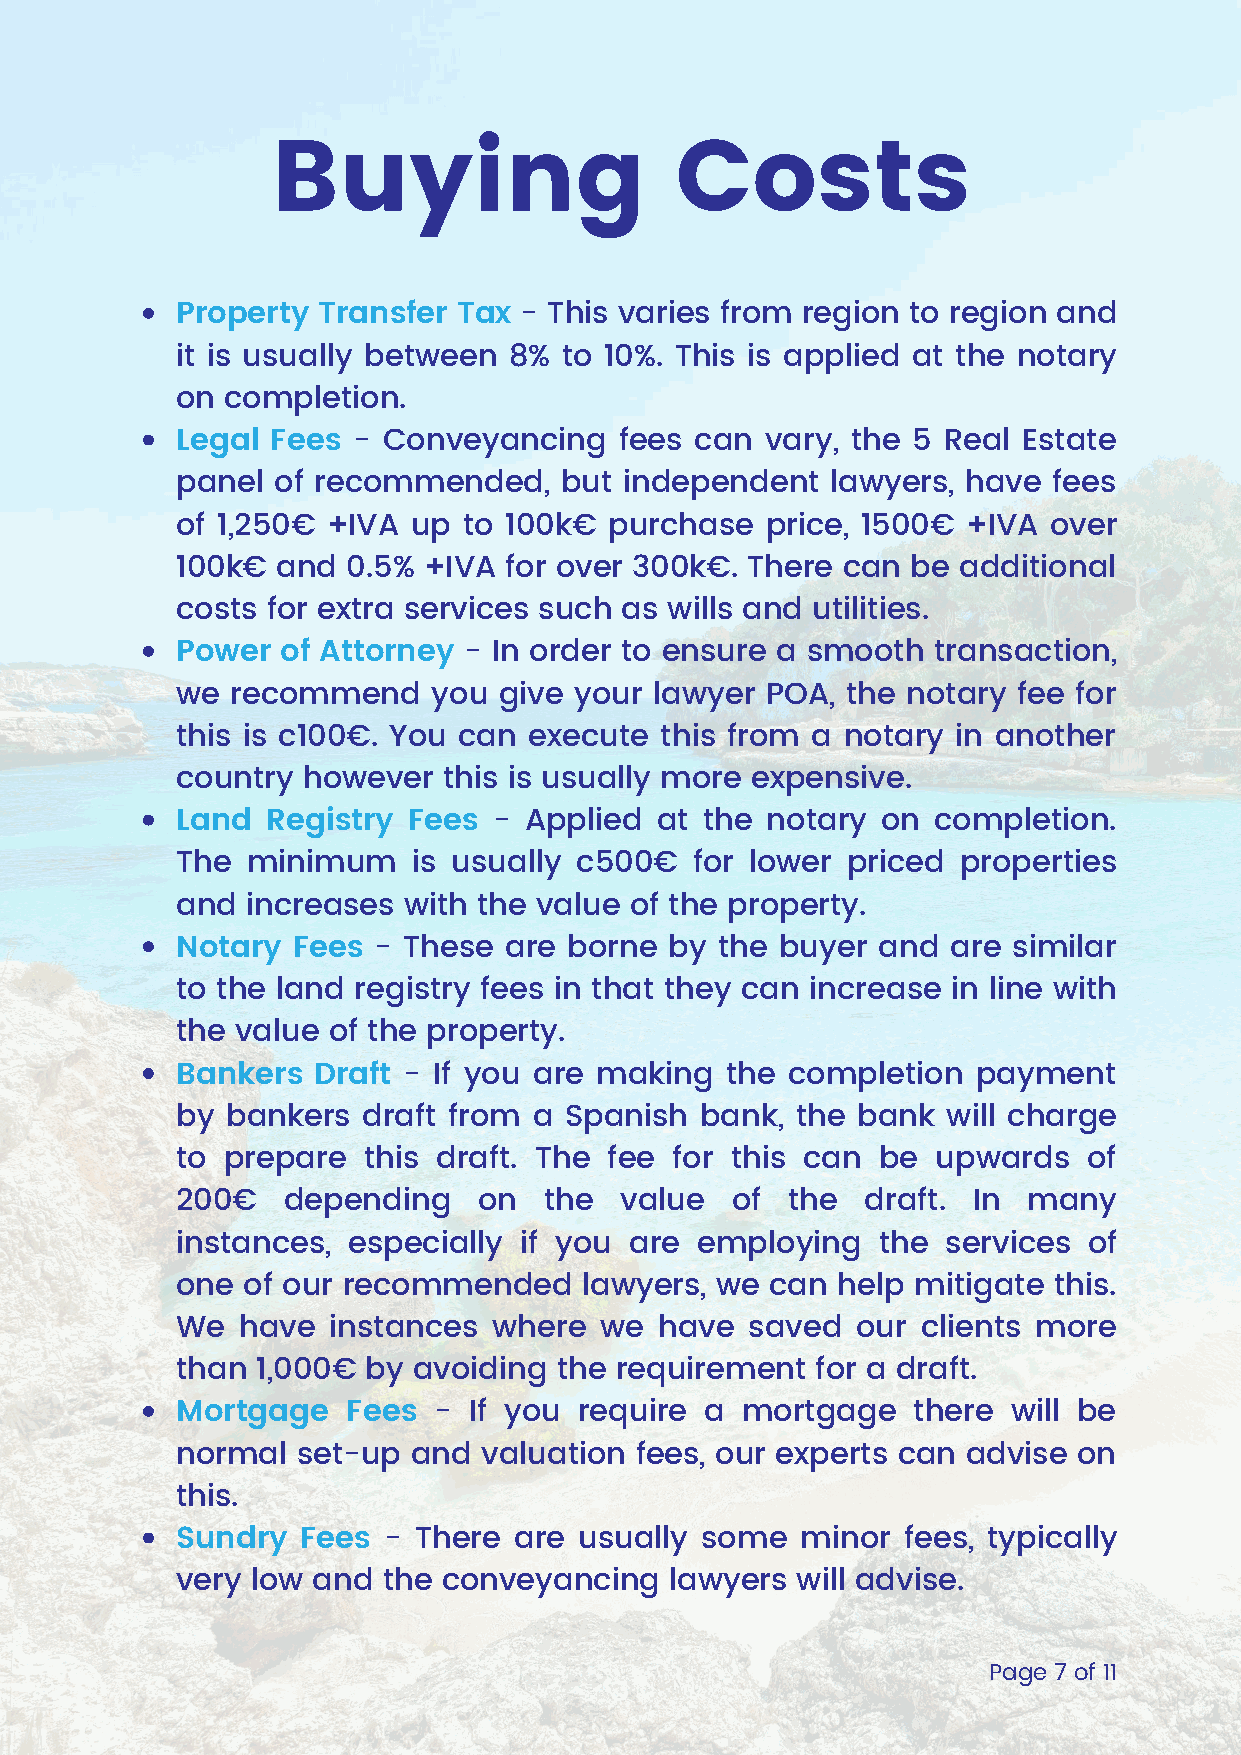
Buying                     Costs
 Property Transfer Tax - This varies from region to region and
 it is usually between 8% to 10%. This is applied at the notary
 on completion.
 Legal Fees - Conveyancing    fees can  vary, the 5 Real Estate
 panel of recommended,    but independent   lawyers, have  fees
 of 1,250€ +IVA up  to 100k€ purchase   price, 1500€ +IVA over
 100k€ and  0.5% +IVA for over 300k€. There  can be additional
 costs for extra services such as wills and utilities.
 Power  of Attorney - In order to ensure a smooth  transaction,
 we recommend     you give your lawyer  POA, the notary fee for
 this is c100€. You can execute  this from a notary in another
 country however  this is usually more expensive.
 Land  Registry Fees  - Applied at the  notary on  completion.
 The minimum    is usually c500€   for lower priced  properties
 and increases  with the value of the property.
 Notary Fees  - These are  borne by  the buyer and  are similar
 to the land registry fees in that they can increase in line with
 the value of the property.
 Bankers  Draft - If you are making  the completion   payment
 by bankers  draft from a Spanish  bank,  the bank  will charge
 to prepare  this draft. The fee for this can  be  upwards   of
 200€   depending    on  the  value  of  the  draft. In  many
 instances, especially if you  are employing   the  services of
 one of our recommended     lawyers, we can help mitigate  this.
 We  have  instances  where  we  have  saved  our clients more
 than 1,000€ by avoiding  the requirement  for a draft.
 Mortgage   Fees  - If you require  a mortgage   there  will be
 normal  set-up and  valuation fees, our experts can advise on
 this.
 Sundry  Fees - There  are usually some   minor  fees, typically
 very low and the conveyancing   lawyers  will advise.
 Page 7 of 11